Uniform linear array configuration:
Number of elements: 4
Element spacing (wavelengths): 0.25
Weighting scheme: hamming
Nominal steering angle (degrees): -45
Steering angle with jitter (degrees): -46.338
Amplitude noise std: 0.05
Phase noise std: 0.05

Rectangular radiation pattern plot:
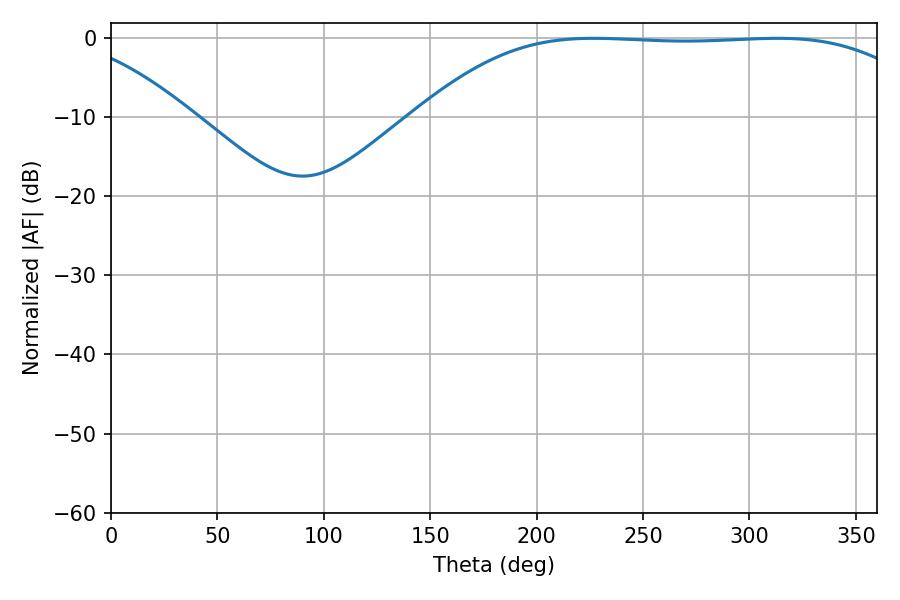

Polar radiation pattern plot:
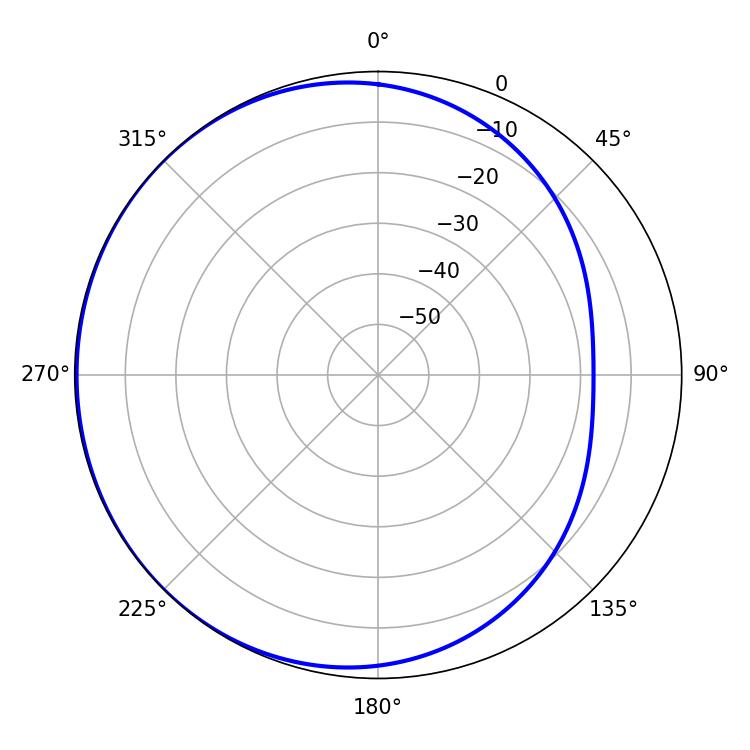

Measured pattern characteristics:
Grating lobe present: FALSE
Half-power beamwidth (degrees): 183.6
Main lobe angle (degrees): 226.8